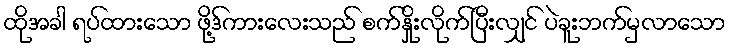
ထိုအခါ ရပ်ထားသော ဖို့ဒ်ကားလေးသည် စက်နှိုးလိုက်ပြီးလျှင် ပဲခူးဘက်မှလာသော